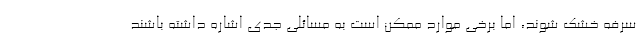
سرفه خشک شوند، اما برخی موارد ممکن است به مسائلی جدی اشاره داشته باشند